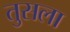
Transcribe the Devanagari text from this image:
तुसला